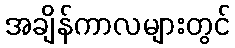
အချိန်ကာလများတွင်